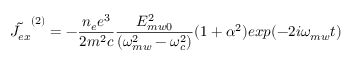
\tilde { J _ { e x } } ^ { ( 2 ) } = - \frac { n _ { e } e ^ { 3 } } { 2 m ^ { 2 } c } \frac { E _ { m w 0 } ^ { 2 } } { ( \omega _ { m w } ^ { 2 } - \omega _ { c } ^ { 2 } ) } ( 1 + \alpha ^ { 2 } ) e x p ( - 2 i \omega _ { m w } t )